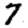
Digit: 7